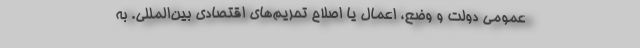
عمومی دولت و وضع، اعمال یا اصلاح تحریم‌های اقتصادی بین‌المللی. به